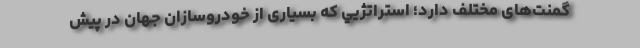
گمنت‌های مختلف دارد؛ استراتژيي که بسیاری از خودروسازان جهان در پیش